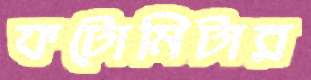
ফটোমিটার